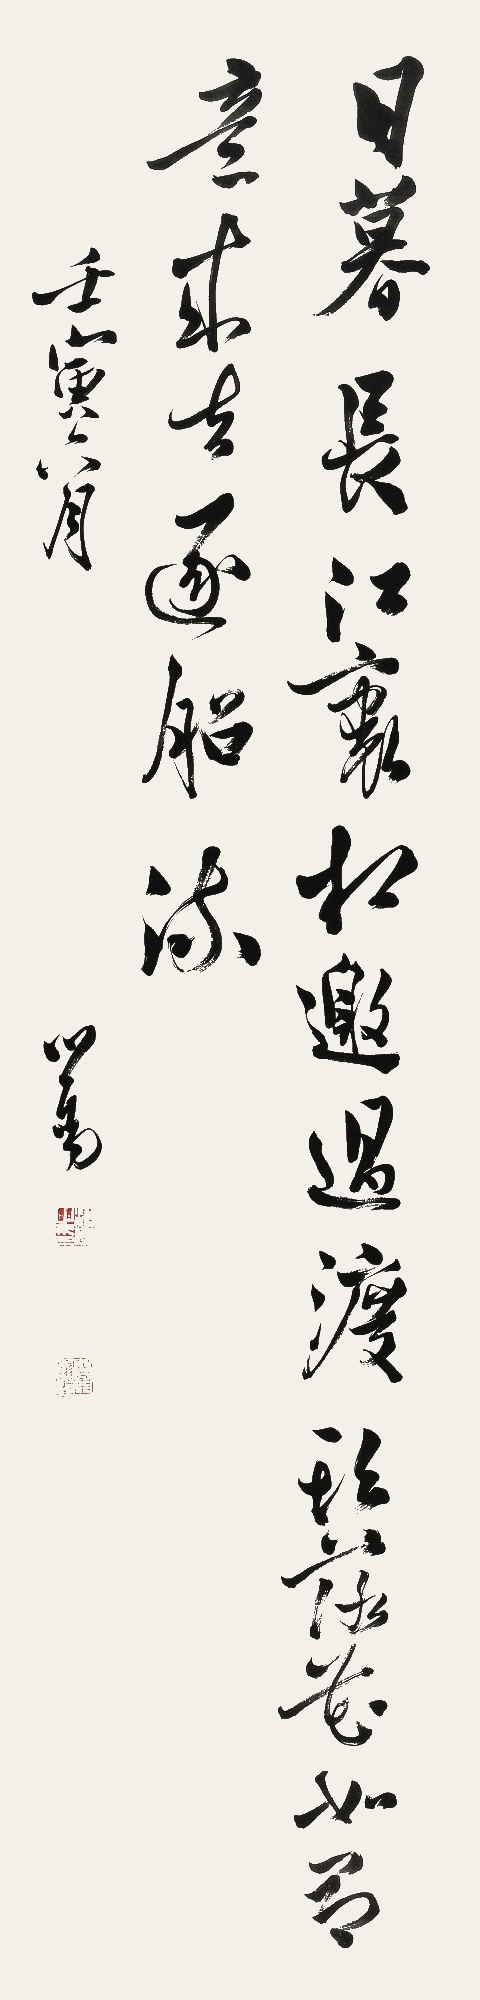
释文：日暮长江里，相邀过渡头。落花如有意，来去逐船流。壬寅（1962）六月，心畬。